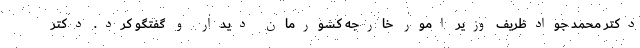
دکتر محمد جوادظریف وزیر امور خارجه کشورمان دیدار و گفتگو کرد. دکتر